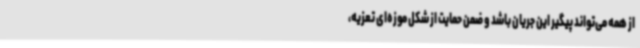
از همه می‌تواند پیگیر این جریان باشد و ضمن حمایت از شکل موزه‌ای تعزیه،